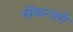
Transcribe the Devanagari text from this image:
सेंकन्‍डरी